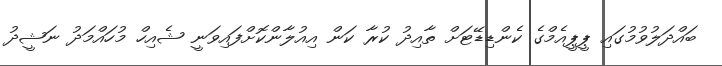
ބައްދަލުވުމުގައި ޕީޕީއެމްގެ ކެންޑިޑޭޓަށް ތާއިދު ކުރާ ކަން އިއުލާންކޮށްފައިވަނީ ޝެއިހް މުހައްމަދު ނަޝީދު